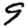
Digit: 9